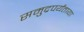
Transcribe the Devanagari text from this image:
समुद्रपर्यंताया